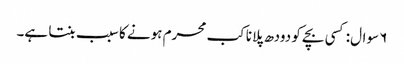
۶ سوال: کسی بچے کو دودھ پلانا کب محرم ہونے کا سبب بنتا ہے۔